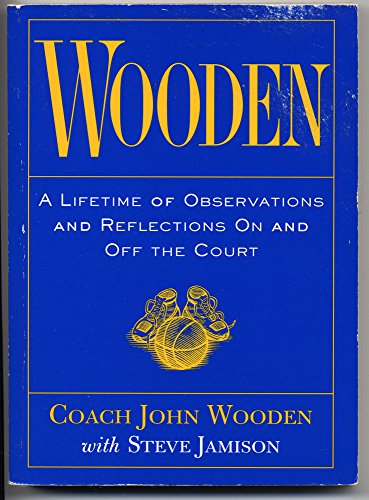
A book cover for Wooden: A Lifetime of Observations and Reflections on and Off the Court; John Wooden; Sports & Outdoors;